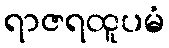
ရာဇရထူပမံ